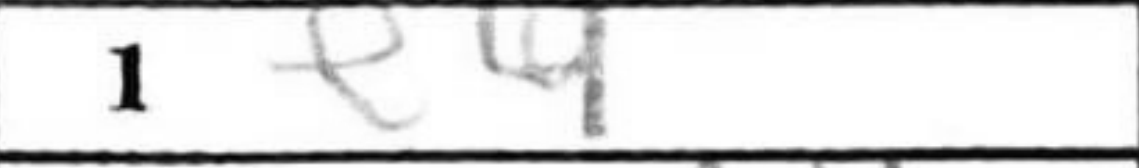
Transcription: e4